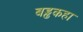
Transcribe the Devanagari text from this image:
बड्ढकहा